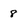
Character: 8